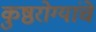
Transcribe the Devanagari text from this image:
कुष्ठरोग्यांचे